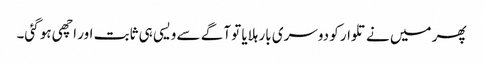
پھر میں نے تلوار کو دوسری بار ہلایا تو آگے سے ویسی ہی ثابت اور اچھی ہو گئی۔